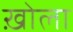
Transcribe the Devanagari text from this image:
ख़ोला